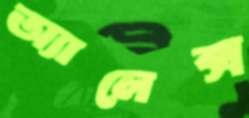
অ্যালেক্স